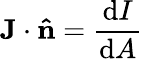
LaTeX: \mathbf{J}\cdot\mathbf{\hat{n}}={\frac{\mathrm{d}I}{\mathrm{d}A}}\,